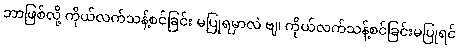
ဘာဖြစ်လို့ ကိုယ်လက်သန့်စင်ခြင်း မပြုရမှာလဲ ဗျ၊ ကိုယ်လက်သန့်စင်ခြင်းမပြုရင်